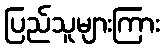
ပြည်သူများကြား